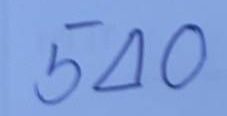
540